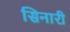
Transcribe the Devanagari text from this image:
सिनारी